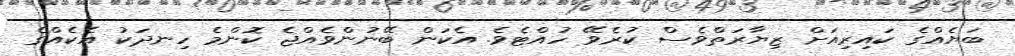
ބަޔެއްގެ ކައިރިއަށް ޒިޔާރަތްވެސް ކުރެވޭ ހުއްޓެވެ. އެކަން ބޭނުންވެއްޖެ ކޮންމެ ހިނދަކު އެކެއްގެ